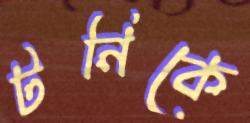
টনিকে